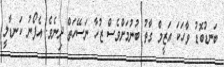
ބަނޑުބޮޑު ވާހަކަ އަޒީމް ގާތު ބުނުމަށްވެސް ޒުހާ ނަސޭހަތް ދިނެވެ. އެފޯނު ކަނޑާލީ